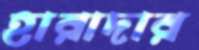
হারাদার